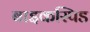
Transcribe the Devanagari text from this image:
बाइकस्पिड